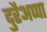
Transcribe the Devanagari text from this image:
दुरैअप्पा